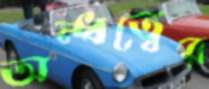
অন্ধত্বের